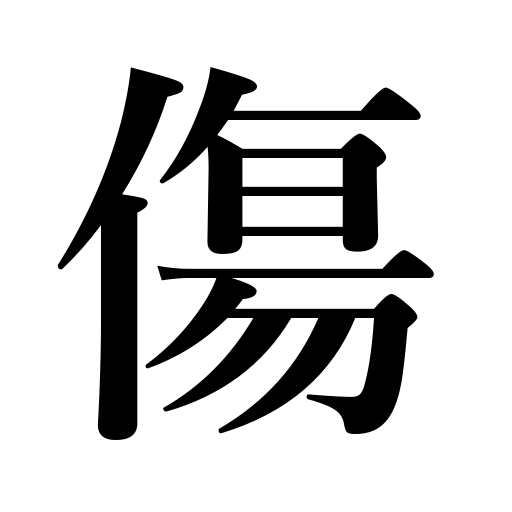
Meanings: wound,spoil,be damaged,be hurt,wear out,bruise,cut,weak point,cause pain,afflict,hurt,be bruised,be spoiled,feel a pain,gash,impair,scratch,be worn out,worry,injury,injure,bother,scar